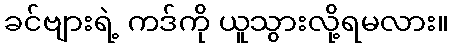
ခင်ဗျားရဲ့ ကဒ်ကို ယူသွားလို့ရမလား။